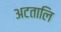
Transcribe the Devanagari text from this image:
अटतालि